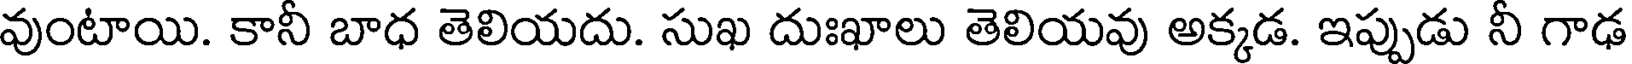
వుంటాయి. కానీ బాధ తెలియదు. సుఖ దుఃఖాలు తెలియవు అక్కడ. ఇప్పుడు నీ గాఢ